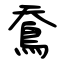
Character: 鴌